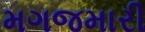
મગજમારી